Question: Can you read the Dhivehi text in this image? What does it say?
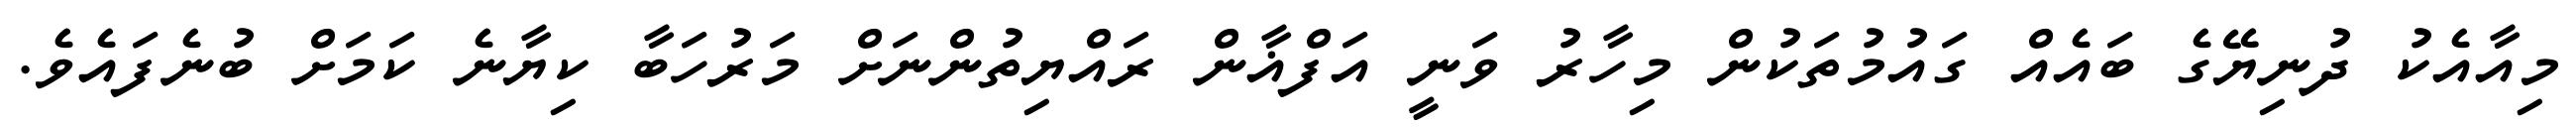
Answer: މިއާއެކު ދުނިޔޭގެ ބައެއް ގައުމުތަކުން މިހާރު ވަނީ އަފްޣާން ރައްޔިތުންނަށް މަރުހަބާ ކިޔާނެ ކަމަށް ބުނެފައެވެ.